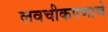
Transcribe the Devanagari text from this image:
लवचीकपणाचे